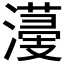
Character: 𣿯